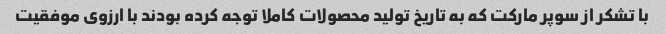
با تشکر از سوپر مارکت که به تاریخ تولید محصولات کاملا توجه کرده بودند با ارزوی موفقیت